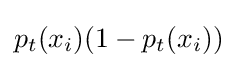
p_{t}(x_{i})(1-p_{t}(x_{i}))